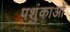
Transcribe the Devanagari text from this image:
पशुंकाओं